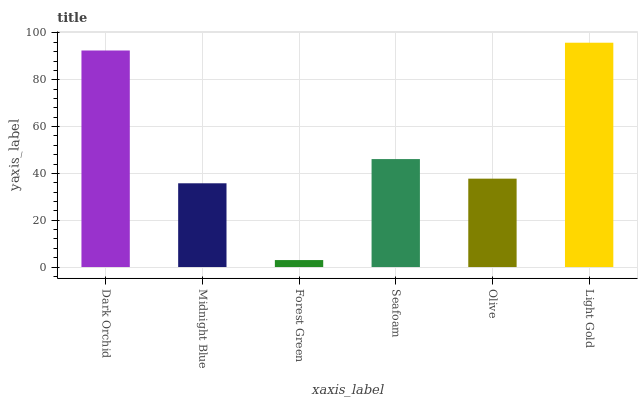
| xaxis_label | bars |
 | --- | --- |
 | Dark Orchid | 92.5 |
 | Midnight Blue | 35.8 |
 | Forest Green | 2.98 |
 | Seafoam | 46.1 |
 | Olive | 37.8 |
 | Light Gold | 95.8 |